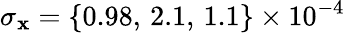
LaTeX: \sigma_{\mathbf{x}}=\{ 0.98,\, 2.1,\, 1.1\} \times10^{-4}